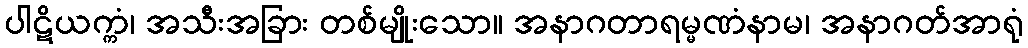
ပါဋိယက္ကံ၊ အသီးအခြား တစ်မျိုးသော။ အနာဂတာရမ္မဏံနာမ၊ အနာဂတ်အာရုံ